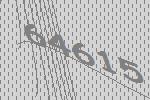
64615